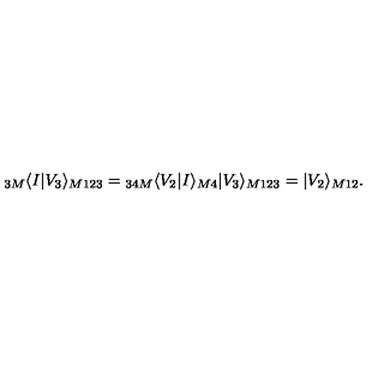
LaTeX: { } _ { 3 M } \langle I | V _ { 3 } \rangle _ { M 1 2 3 } = { } _ { 3 4 M } \langle V _ { 2 } | I \rangle _ { M 4 } | V _ { 3 } \rangle _ { M 1 2 3 } = | V _ { 2 } \rangle _ { M 1 2 } .